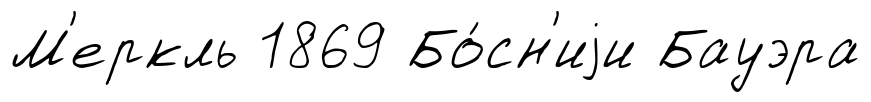
М'еркль 1869 Бо́сн'иjи Бауэра